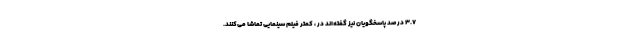
۳.۷ درصد پاسخگویان نیز گفته‌اند در ، کمتر فیلم سینمایی تماشا می‌کنند.